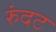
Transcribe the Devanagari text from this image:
रुंदट